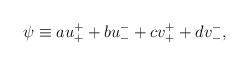
\begin{align*} \psi \equiv a u_{+}^{+} + b u_{-}^{-} + c v_{+}^{+} + d v_{-}^{-},\end{align*}